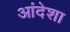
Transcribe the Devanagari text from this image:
आंदेशा